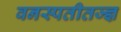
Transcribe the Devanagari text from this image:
वनस्पतीतज्ज्ञ